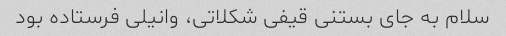
سلام به جای بستنی قیفی شکلاتی، وانیلی فرستاده بود